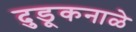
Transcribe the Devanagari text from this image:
दुडूकनाळे